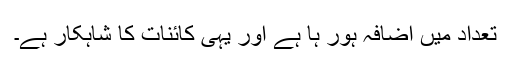
تعداد میں اضافہ ہور ہا ہے اور یہی کائنات کا شاہکار ہے۔